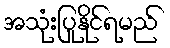
အသုံးပြုနိုင်ရမည်